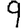
Digit: 9